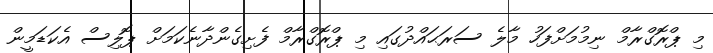
މި ޕްރޮގްރާމް ނިމުމަށްފަހު މާލެ ސަރަޙައްދުގައި މި ޕްރޮގްރާމް ފެށިގެންދާނެކަމަށް ޕޮލިސް އެކަޑަމީން